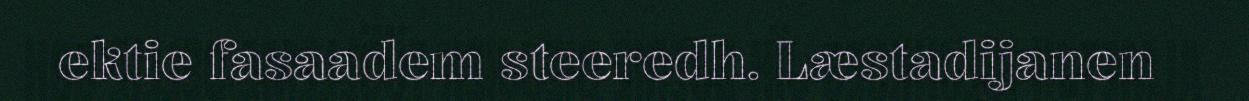
ektie fasaadem steeredh. Læstadijanen